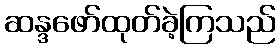
ဆန္ဒဖော်ထုတ်ခဲ့ကြသည်